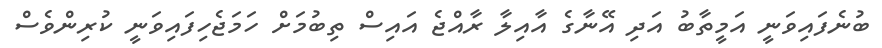
ބުނެފައިވަނީ އަމީތާބު އަދި އޭނާގެ އާއިލާ ރާއްޖެ އައިސް ތިބުމަށް ހަމަޖެހިފައިވަނީ ކުރިންވެސް